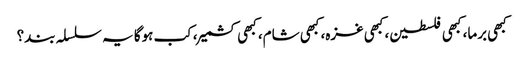
کبھی برما، کبھی فلسطین، کبھی غزہ، کبھی شام، کبھی کشمیر، کب ہوگا یہ سلسلہ بند؟